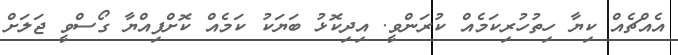
އެއްޗެއް ކިޔާ ހިތުހުރިކަމެއް ކުރަންވީ. އިދިކޮޅު ބަޔަކު ކަމެއް ކޮށްފިއްޔާ ގޯސްވީ ޖަލަށް